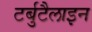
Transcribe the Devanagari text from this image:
टर्बुटैलाइन